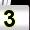
Digit: 3